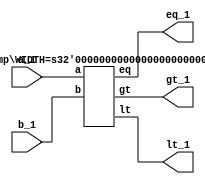
`timescale 1ns / 1ps
//Test Comparator
module testComp(a_1,b_1,eq_1,lt_1,gt_1);
	input [63:0] a_1;
	input [63:0] b_1;
	
	output  /*[1:0]*/ eq_1;
	output  /*[1:0]*/ lt_1;
	output  /*[1:0]*/ gt_1;
	
	Comp #(.WIDTH(64)) Comp_1(a_1,b_1,eq_1,lt_1,gt_1);
endmodule

//Comparator Module
module Comp #(parameter WIDTH = 64) (a, b, eq, lt, gt);
input [WIDTH - 1:0] a;
input [WIDTH - 1:0] b;
output reg /*[WIDTH - 1:0]*/ eq;
output reg /*[WIDTH - 1:0]*/ lt;
output reg /*[WIDTH - 1:0]*/ gt;

    always @* begin
      if (a<b) begin
        eq = 0;
        lt = 1;
        gt = 0;
      end
      else if (a==b) begin
        eq = 1;
        lt = 0;
        gt = 0;
      end
      else begin
        eq = 0;
        lt = 0;
        gt = 1;
      end
    end
endmodule //End Comparator Module